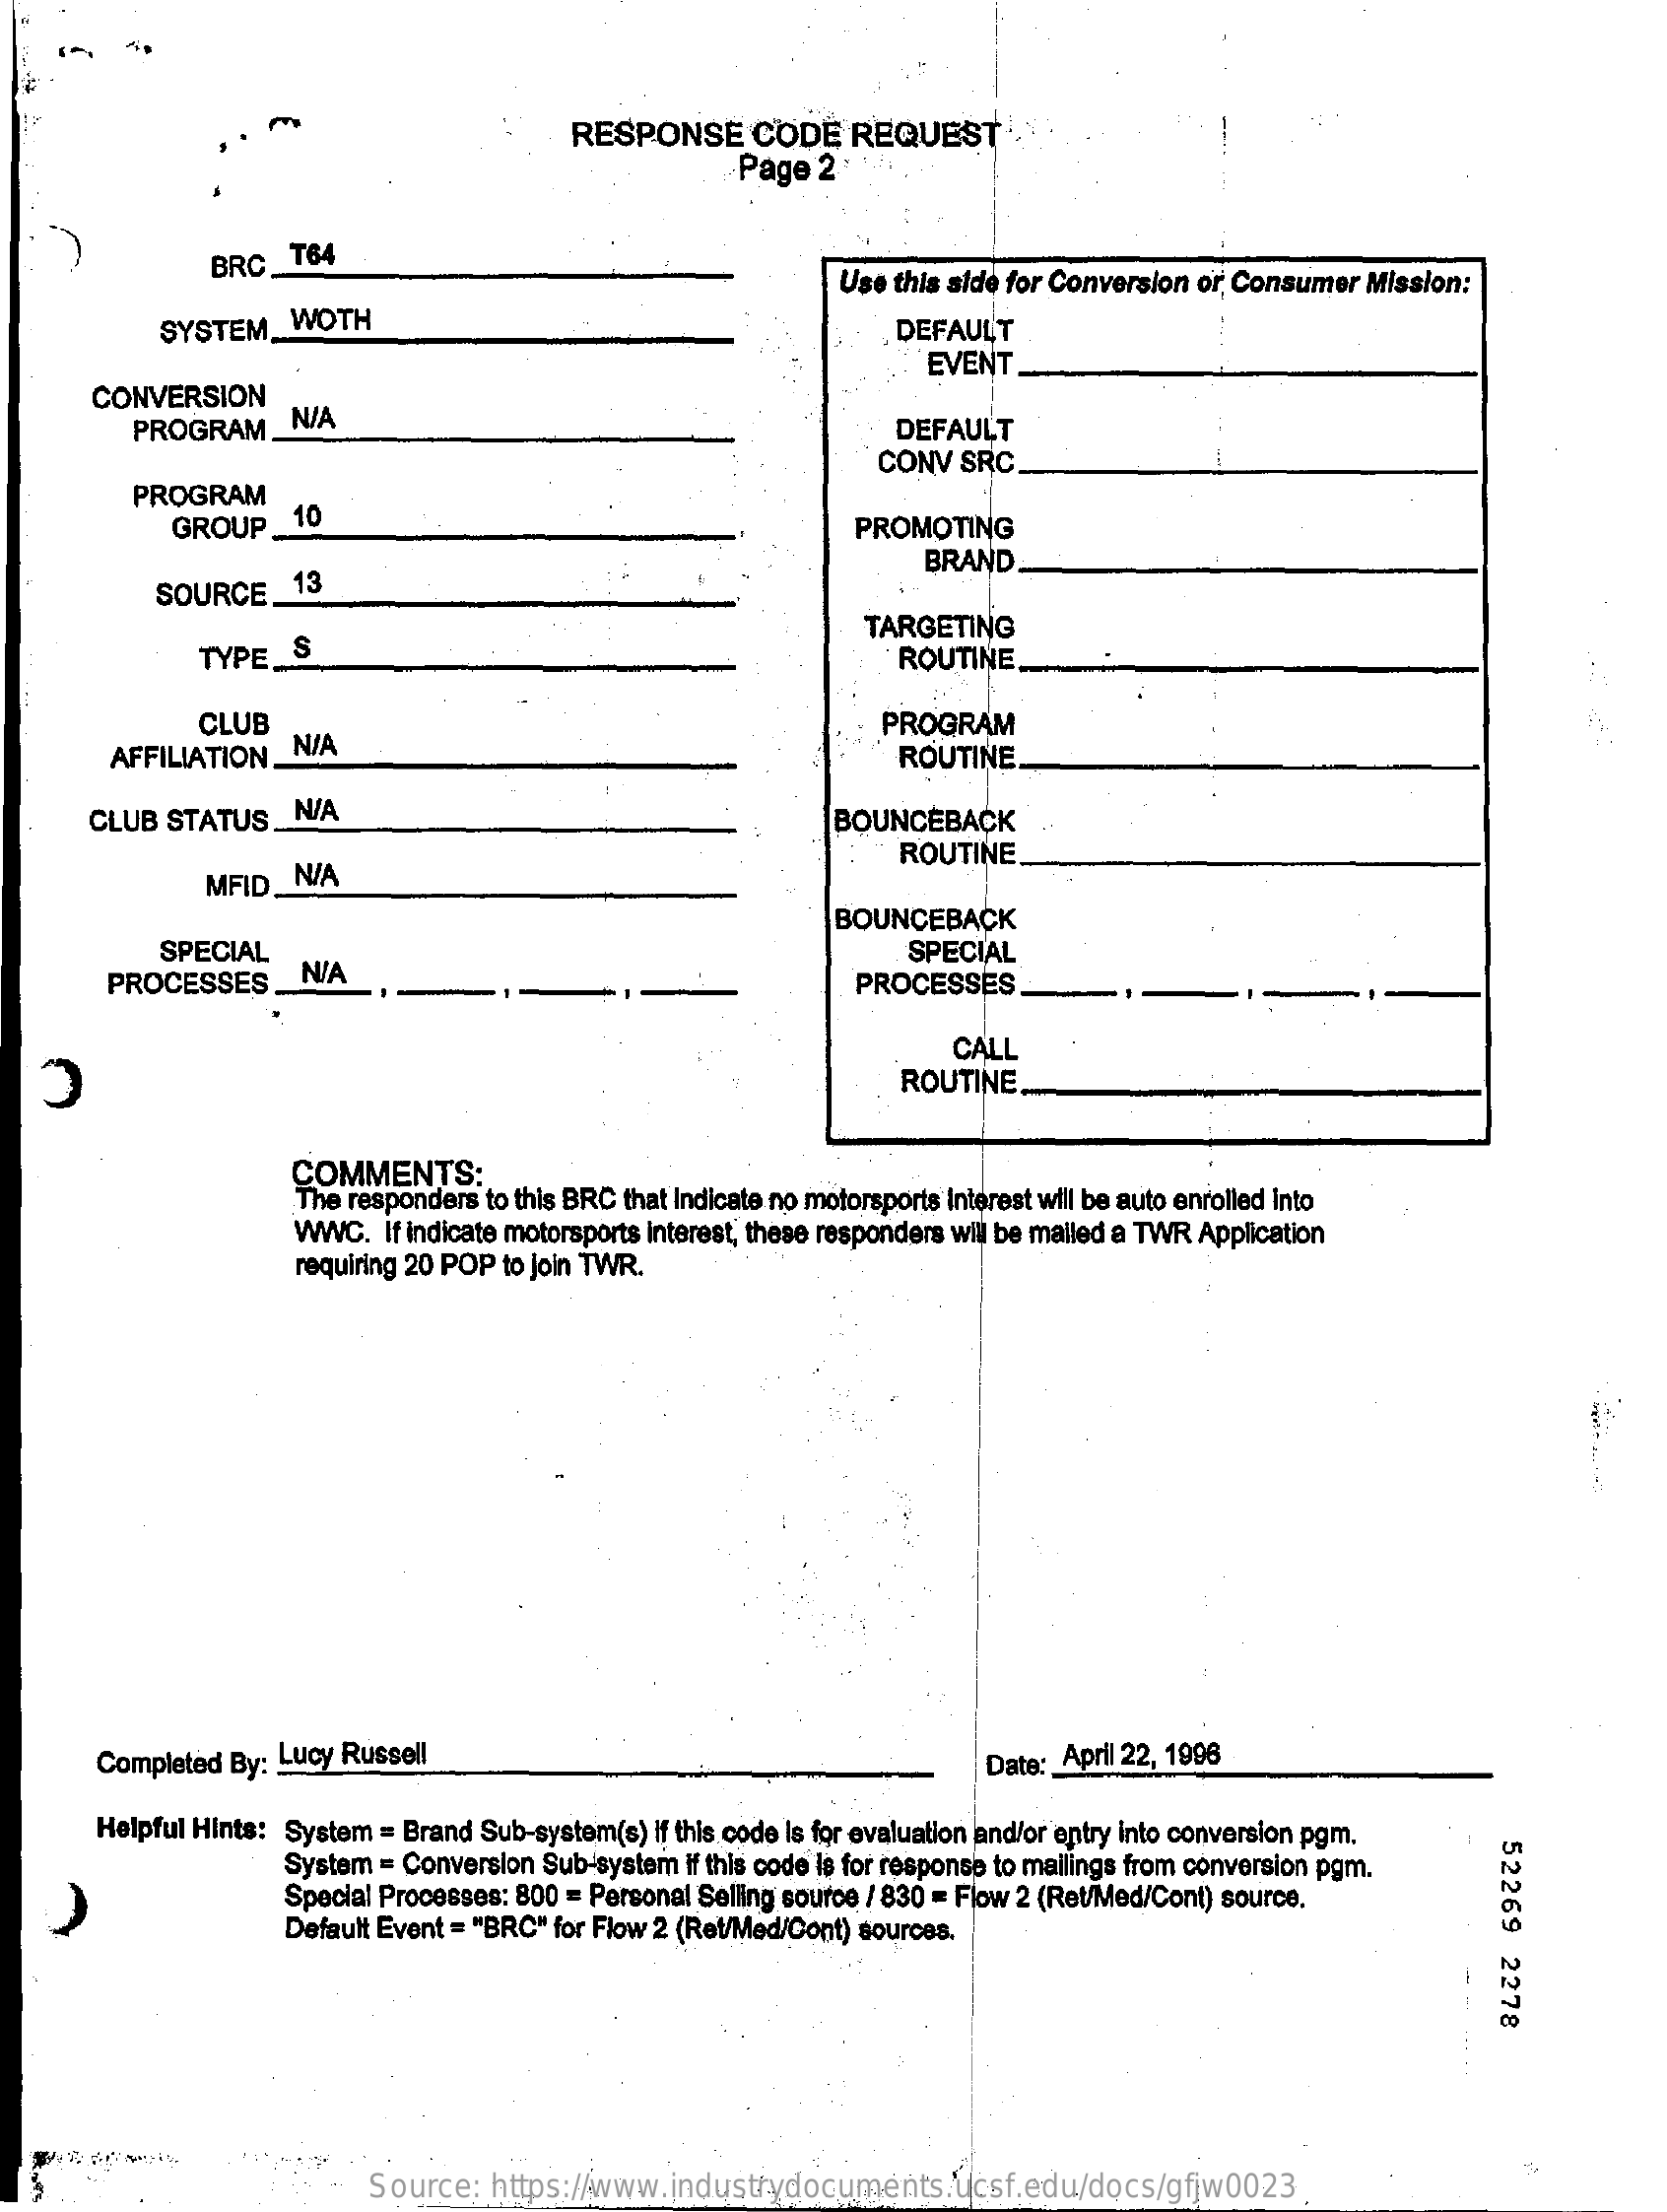
RESPONSE    CODE    REQUEST
     Page 2 .: :
     BRC_T64
     Use this side for Conversion or Consumer Mission:
     SYSTEM_WOTH    DEFAULT
     EVENT _
     CONVERSION
     PROGRAM_N/A    DEFAULT
     CONV  SRC
     PROGRAM
     GROUP.  10    PROMOTING
     BRAND
     SOURCE    13
     TYPE_S
     TARGETING
     ROUTINE
     CLUB    PROGRAM
     AFFILIATION. N/A    ROUTINE
     CLUB  STATUS_N/A    BOUNCEBACK
     ROUTINE
     MFID_N/A
     SPECIAL
     BOUNCEBACK
     PROCESSES    N/A
     SPECIAL
     PROCESSES
     CALL
     ROUTINE
     COMMENTS:
     The responders to this BRC that Indicate no motorsports interest will be auto enrolled Into
     WWC.   If indicate motorsports interest, these responders will be mailed a TWR Application
     requiring 20 POP to join TWR.
     Completed By: Lucy Russell    Date: April 22, 1996
     Helpful Hints: System = Brand Sub-system(s) if this code Is for evaluation and/or entry into conversion pgm.
     52269
     2278
     System = Conversion Sub-system if this code is for response to mallings from conversion pgm.
     Special Processes: 800 = Personal Selling source / 830 = Flow 2 (Ret/Med/Cont) source.
     Default Event = "BRC" for Flow 2 (Ret/Med/Cont) sources.
     Source:  https://www.industrydocuments.ucsf.edu/docs/gfjw0023